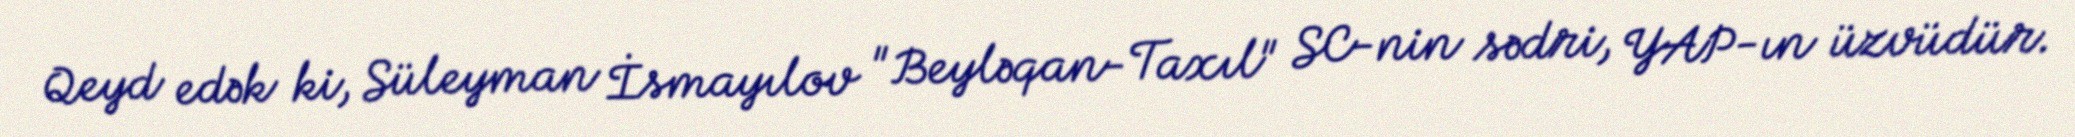
Qeyd edək ki, Süleyman İsmayılov "Beyləqan-Taxıl" SC-nin sədri, YAP-ın üzvüdür.